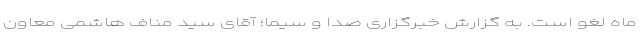
ماه لغو است. به گزارش خبرگزاری صدا و سیما؛ آقای سید مناف هاشمی معاون